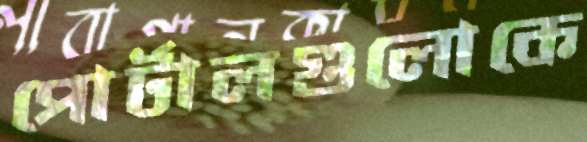
পোর্টালগুলোকে